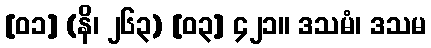
[၀၁] (နိ၊ ၂၆၃) [၀၃] ၄၂၁။ ဒသမံ၊ ဒသမ